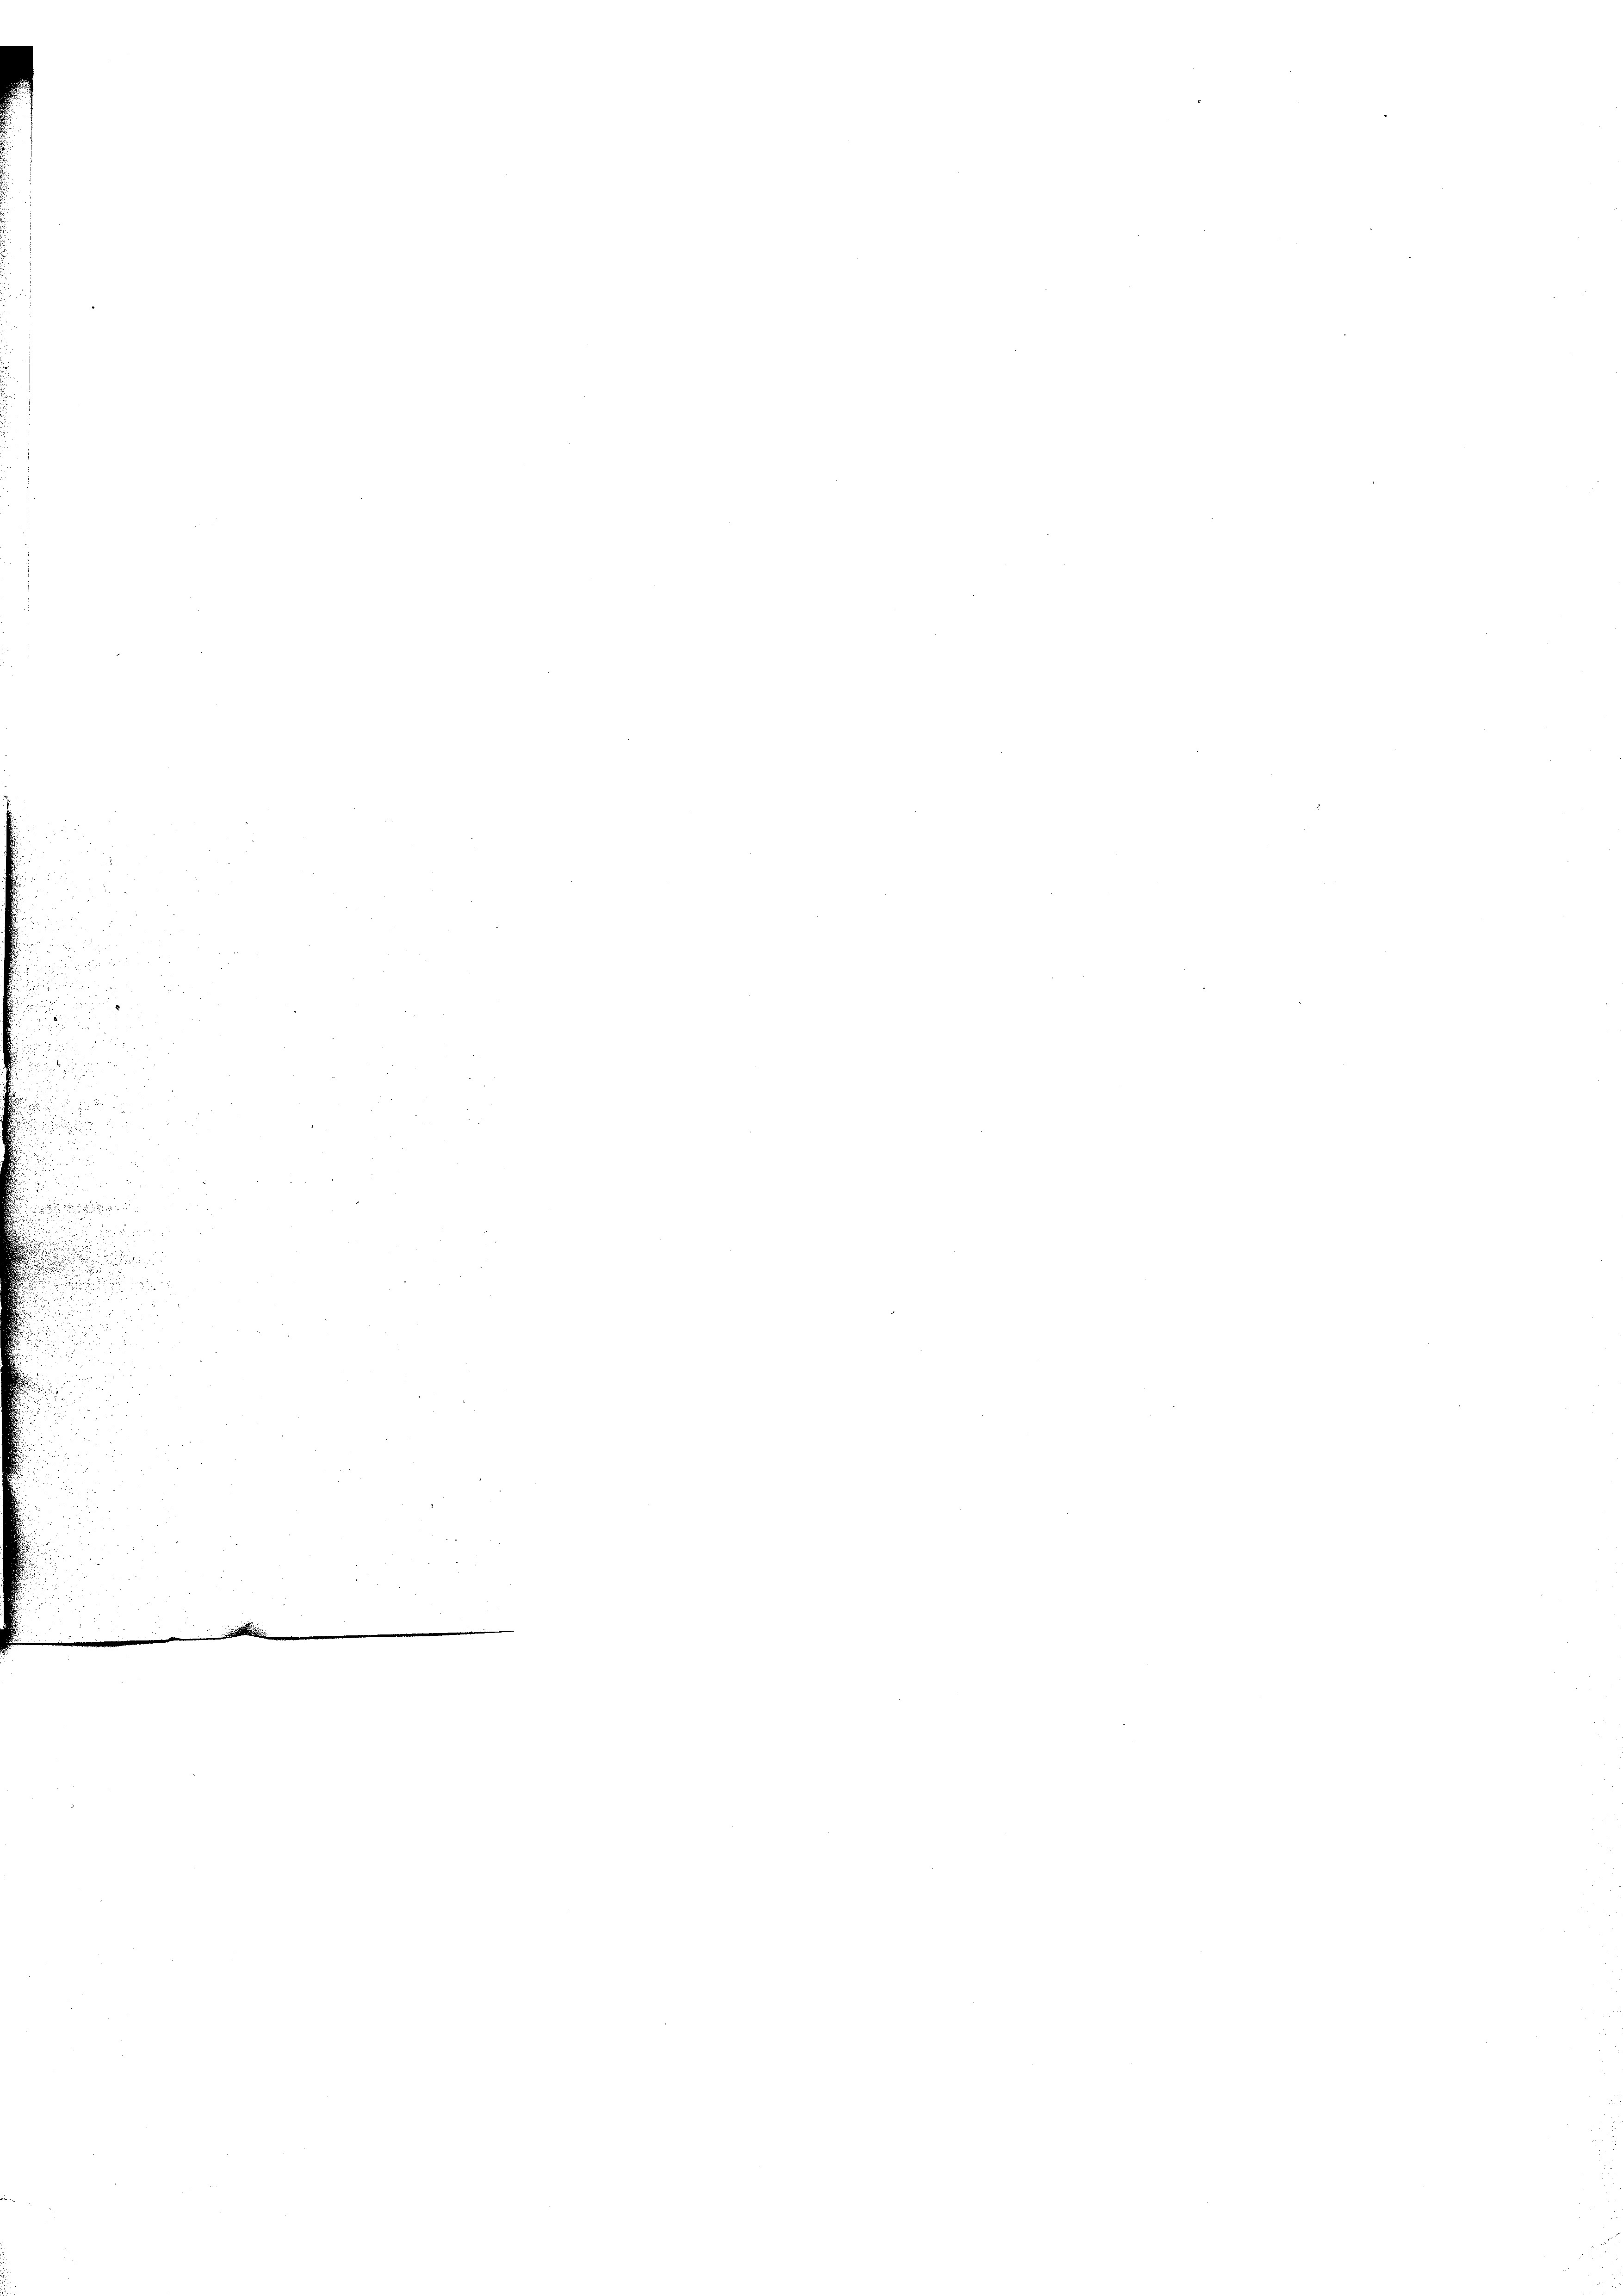
.
n
.